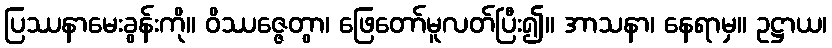
ပြဿနာမေးခွန်းကို။ ဝိဿဇ္ဇေတွာ၊ ဖြေတော်မူလတ်ပြီး၍။ အာသနာ၊ နေရာမှ။ ဥဋ္ဌာယ၊